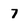
Character: 7